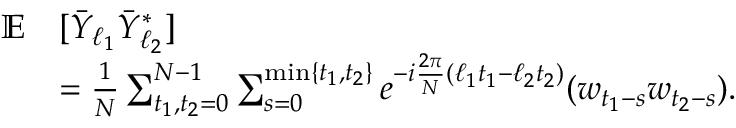
\begin{array} { r l } { { \mathbb E } } & { [ \bar { Y } _ { \ell _ { 1 } } \bar { Y } _ { \ell _ { 2 } } ^ { * } ] } \\ & { = \frac { 1 } { N } \sum _ { t _ { 1 } , t _ { 2 } = 0 } ^ { N - 1 } \sum _ { s = 0 } ^ { \operatorname* { m i n } \{ t _ { 1 } , t _ { 2 } \} } e ^ { - i \frac { 2 \pi } { N } ( \ell _ { 1 } t _ { 1 } - \ell _ { 2 } t _ { 2 } ) } ( w _ { t _ { 1 } - s } w _ { t _ { 2 } - s } ) . } \end{array}